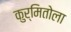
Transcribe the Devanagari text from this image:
कुर्मितोला